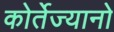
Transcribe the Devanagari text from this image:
कोर्तेज्यानो